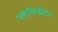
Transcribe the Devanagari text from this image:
प्लेनिमीटर